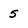
Character: 5